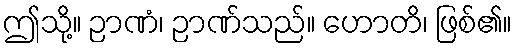
ဤသို့။ ဉာဏံ၊ ဉာဏ်သည်။ ဟောတိ၊ ဖြစ်၏။